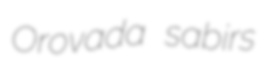
Orovada sabirs